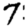
Digit: 7